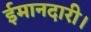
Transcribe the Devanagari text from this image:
ईमानदारी।